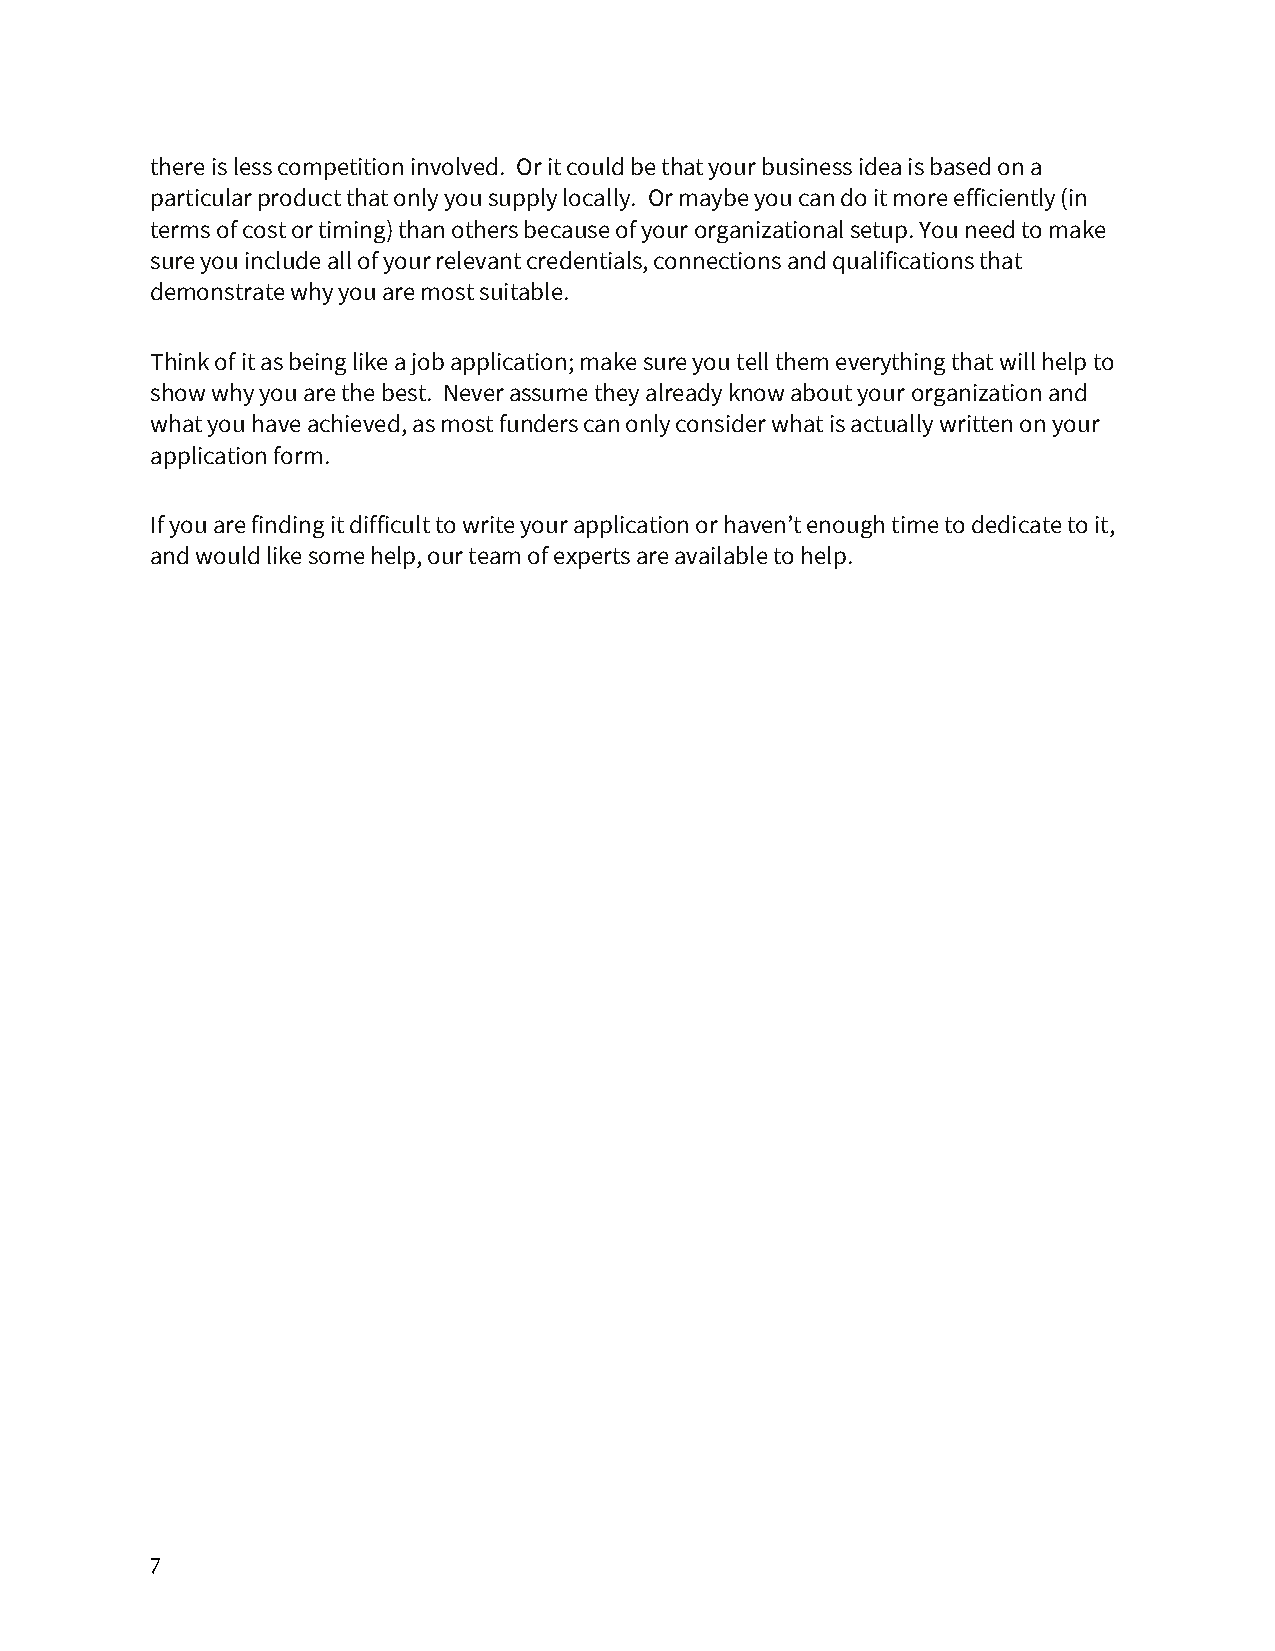
there is less competition involved. Or it could be that your business idea is based on a
 particular product that only you supply locally. Or maybe you can do it more efficiently (in
 terms of cost or timing) than others because of your organizational setup. You need to make
 sure you include all of your relevant credentials, connections and qualifications that
 demonstrate why you are most suitable.
 Think of it as being like a job application; make sure you tell them everything that will help to
 show why you are the best. Never assume they already know about your organization and
 what you have achieved, as most funders can only consider what is actually written on your
 application form.
 If you are finding it difficult to write your application or haven’t enough time to dedicate to it,
 and would like some help, our team of experts are available to help.
 7